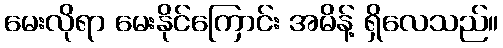
မေးလိုရာ မေးနိုင်ကြောင်း အမိန့် ရှိလေသည်။